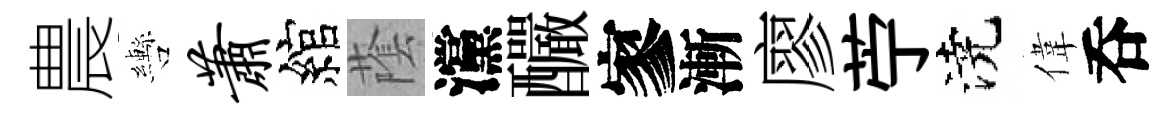
農轡萧綰䕃灙釅寥漸廖苧澆偉呑